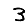
Digit: 3